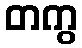
တကွ